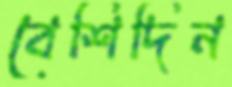
বেশিদিন